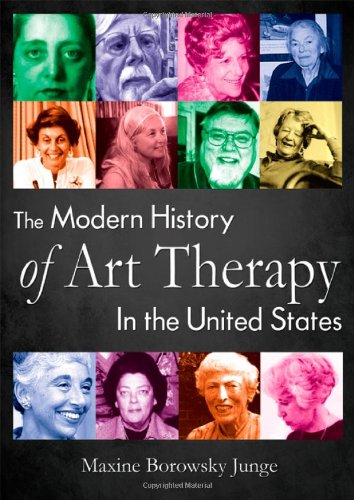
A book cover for The Modern History of Art Therapy in the United States; Maxine Borowsky Junge; Health, Fitness & Dieting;